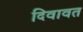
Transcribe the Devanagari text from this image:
दिवावत